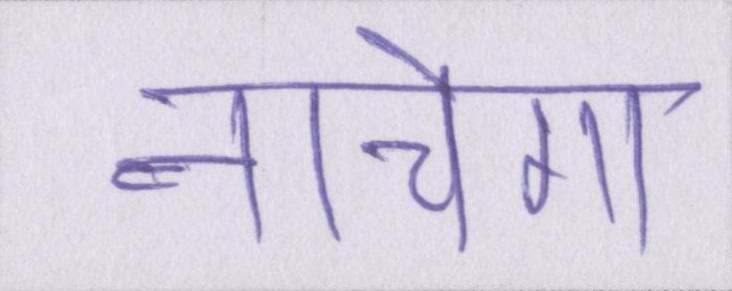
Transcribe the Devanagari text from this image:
नाचेगा